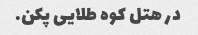
در هتل کوه طلایی پکن.